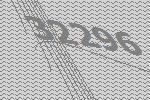
32296